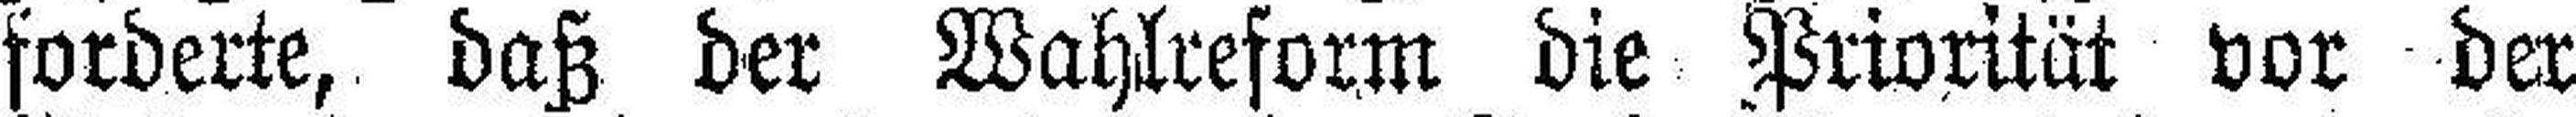
forderte, daß der Wahlreform die Priorität vor der